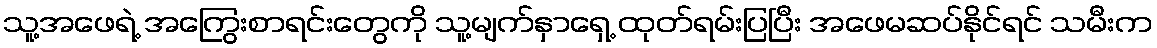
သူ့အဖေရဲ့ အကြွေးစာရင်းတွေကို သူ့မျက်နှာရှေ့ ထုတ်ရမ်းပြပြီး အဖေမဆပ်နိုင်ရင် သမီးက